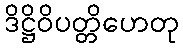
ဒိဋ္ဌိဝိပတ္တိဟေတု